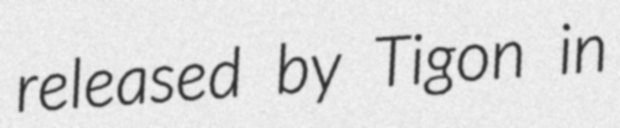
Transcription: released by Tigon in